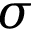
{ \sigma }